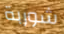
شوربة